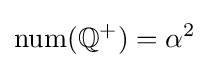
\mathrm {num} (\mathbb {Q^{+}} )=\alpha ^{2}